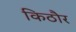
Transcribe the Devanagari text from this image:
किठौर